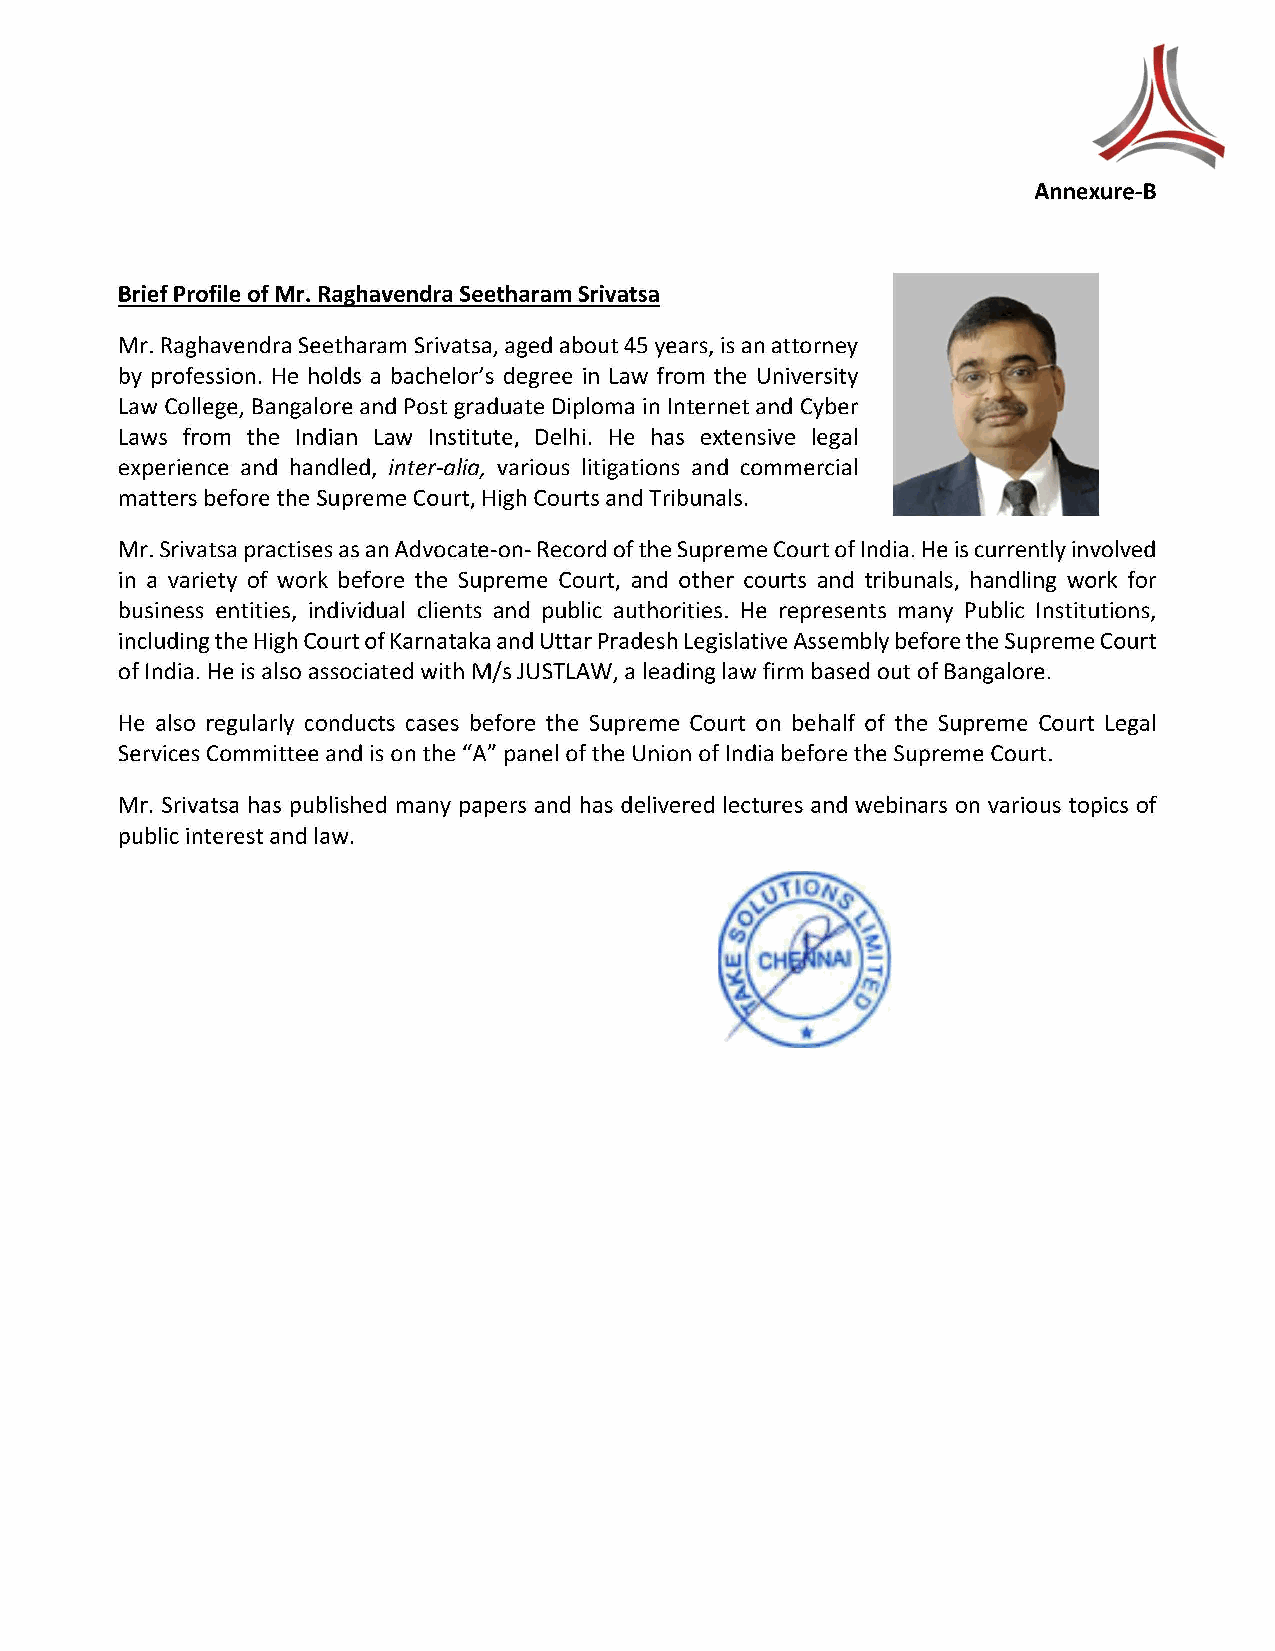
Annexure-B
 Brief Profile of Mr. Raghavendra Seetharam Srivatsa
 Mr. Raghavendra Seetharam Srivatsa, aged about 45 years, is an attorney
 by profession. He holds a bachelor's degree in Law from the University
 Law College, Bangalore and Post graduate Diploma in Internet and Cyber
 Laws from the Indian Law Institute, Delhi. He has extensive legal
 experience and handled, inter-alia, various litigations and commercial
 matters before the Supreme Court, High Courts and Tribunals.
 Mr. Srivatsa practises as an Advocate-on- Record of the Supreme Court of India. He is currently involved
 in a variety of work before the Supreme Court, and other courts and tribunals, handling work for
 business entities, individual clients and public authorities. He represents many Public Institutions,
 including the High Court of Karnataka and Uttar Pradesh Legislative Assembly before the Supreme Court
 of India. He is also associated with M/s JUSTLAW, a leading law firm based out of Bangalore.
 He also regularly conducts cases before the Supreme Court on behalf of the Supreme Court Legal
 Services Committee and is on the "A" panel of the Union of India before the Supreme Court.
 Mr. Srivatsa has published many papers and has delivered lectures and webinars on various topics of
 public interest and law.